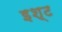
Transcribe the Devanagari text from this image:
इश्ट